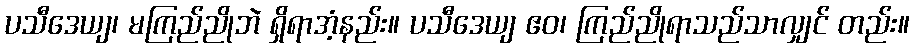
ပသီဒေယျ၊ မကြည်ညိုဘဲ ရှိရာအံ့နည်း။ ပသီဒေယျ ဧဝ၊ ကြည်ညိုရာသည်သာလျှင် တည်း။